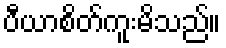
ပီယာစိတ်ကူးမိသည်။